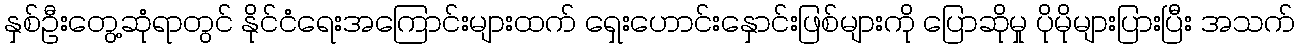
နှစ်ဦးတွေ့ဆုံရာတွင် နိုင်ငံရေးအကြောင်းများထက် ရှေးဟောင်းနှောင်းဖြစ်များကို ပြောဆိုမှု ပိုမိုများပြားပြီး အသက်